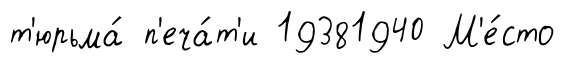
т'юрьма́ п'еча́т'и 19381940 М'е́сто